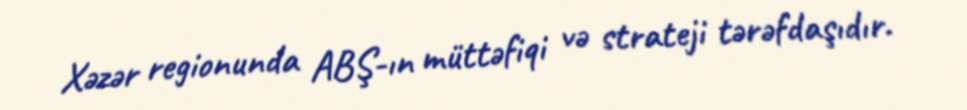
Xəzər regionunda ABŞ-ın müttəfiqi və strateji tərəfdaşıdır.